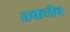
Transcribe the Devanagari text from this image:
तकरीब